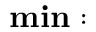
\mathbf { m i n } :